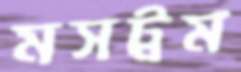
মসট্রম